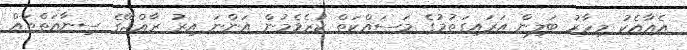
އެއާއެކު މިހާރު ބަލިން އަރައިގަތުމުގެ މަސައްކަތް ކުރެވެމުން އަންނަ އިރު ރާއްޖޭގެ ސިނާއަތްތައް